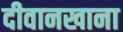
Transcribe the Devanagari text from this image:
दीवानखाना